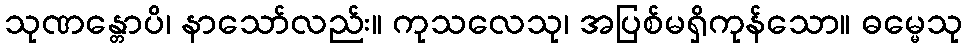
သုဏန္တောပိ၊ နာသော်လည်း။ ကုသလေသု၊ အပြစ်မရှိကုန်သော။ ဓမ္မေသု